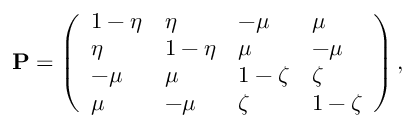
{ \bf P } = \left( \begin{array} { l l l l } { 1 - \eta } & { \eta } & { - \mu } & { \mu } \\ { \eta } & { 1 - \eta } & { \mu } & { - \mu } \\ { - \mu } & { \mu } & { 1 - \zeta } & { \zeta } \\ { \mu } & { - \mu } & { \zeta } & { 1 - \zeta } \end{array} \right) ,